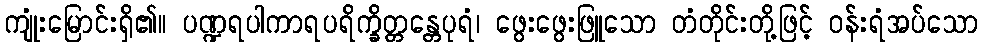
ကျုံးမြောင်းရှိ၏။ ပဏ္ဍရပါကာရပရိက္ခိတ္တန္တေပုရံ၊ ဖွေးဖွေးဖြူသော တံတိုင်းတို့ဖြင့် ဝန်းရံအပ်သော